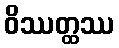
ဝိဿတ္ထဿ